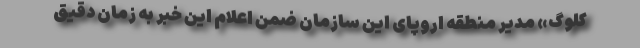
کلوگ» مدیر منطقه اروپای این سازمان ضمن اعلام این خبر به زمان دقیق